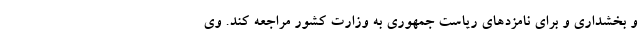
و بخشداری و برای نامزدهای ریاست جمهوری به وزارت کشور مراجعه کند. وی